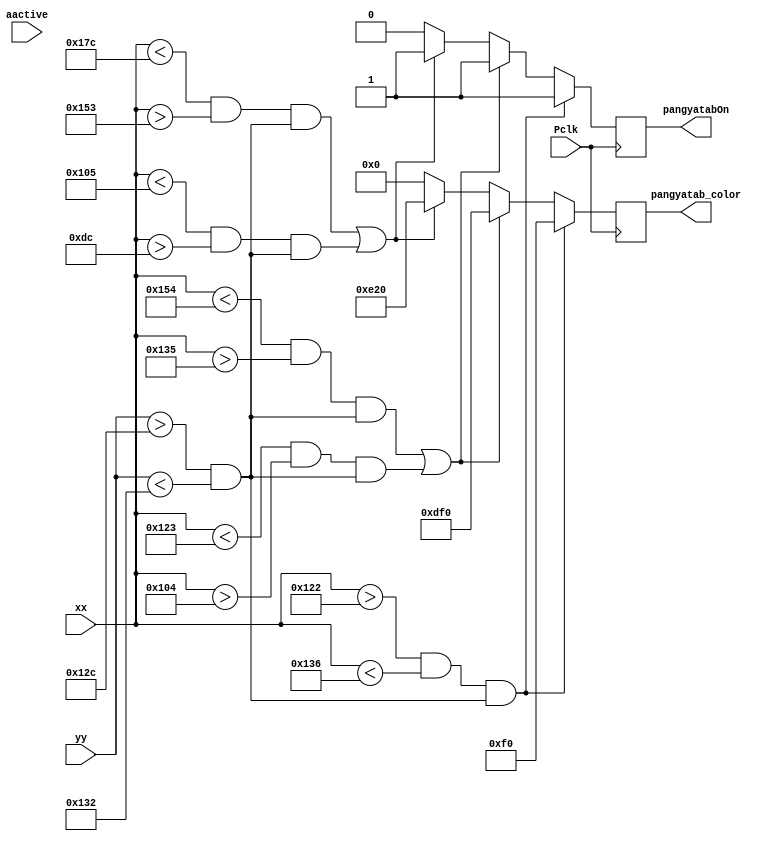
`timescale 1ns / 1ps
//////////////////////////////////////////////////////////////////////////////////
// Company: 
// Engineer: 
// 
// Design Name: 
// Module Name: pangya_tab
// Project Name: 
// Target Devices: 
// Tool Versions: 
// Description: 
// 
// Dependencies: 
// 
// Revision:
// Revision 0.01 - File Created
// Additional Comments:
// 
//////////////////////////////////////////////////////////////////////////////////


module pangya_tab(
    input wire [9:0] xx, 
    input wire [9:0] yy,
    input wire aactive, 
    output reg pangyatabOn, 
    output reg [11:0] pangyatab_color, 
    input wire Pclk 
    );
    
    always @(posedge Pclk)
        begin
            if (((xx>290 && xx<310) && (yy>300 && yy<306)))
                begin
                pangyatabOn <= 1;
                pangyatab_color <= 12'b000011110000;
                end
            else
            if (((xx<340 && xx>309) && (yy>300 && yy<306))||((xx<291 && xx>260) && (yy>300 && yy<306)))
                begin
                pangyatabOn <= 1;
                pangyatab_color <= 12'b110111110000;
                end
            else
            if (((xx<380 && xx>339) && (yy>300 && yy<306))||((xx<261 && xx>220) && (yy>300 && yy<306)))
                begin
                pangyatabOn <= 1;
                pangyatab_color <= 12'b111000100000;
                end
            else
                begin
                pangyatabOn <= 0;
                pangyatab_color <= 12'b000000000000;
                end
        end
endmodule